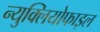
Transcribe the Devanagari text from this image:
न्युक्लियोफाइल